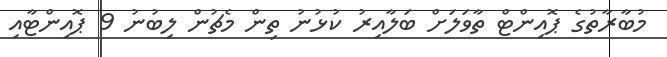
މުބާރާތުގެ ޕޮއިންޓް ތާވަލަށް ބަލާއިރު ކުޅުނު ތިން މެޗުން ލިބުނު 9 ޕޮއިންޓާއި